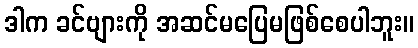
ဒါက ခင်ဗျားကို အဆင်မပြေမဖြစ်စေပါဘူး။